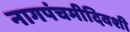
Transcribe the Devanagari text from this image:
नागपंचमीदिवशी